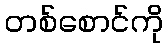
တစ်စောင်ကို